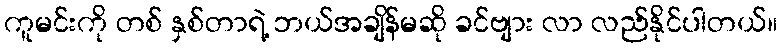
ကူမင်းကို တစ် နှစ်တာရဲ့ ဘယ်အချိန်မဆို ခင်ဗျား လာ လည်နိုင်ပါတယ်။